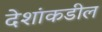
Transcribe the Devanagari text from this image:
देशांकडील